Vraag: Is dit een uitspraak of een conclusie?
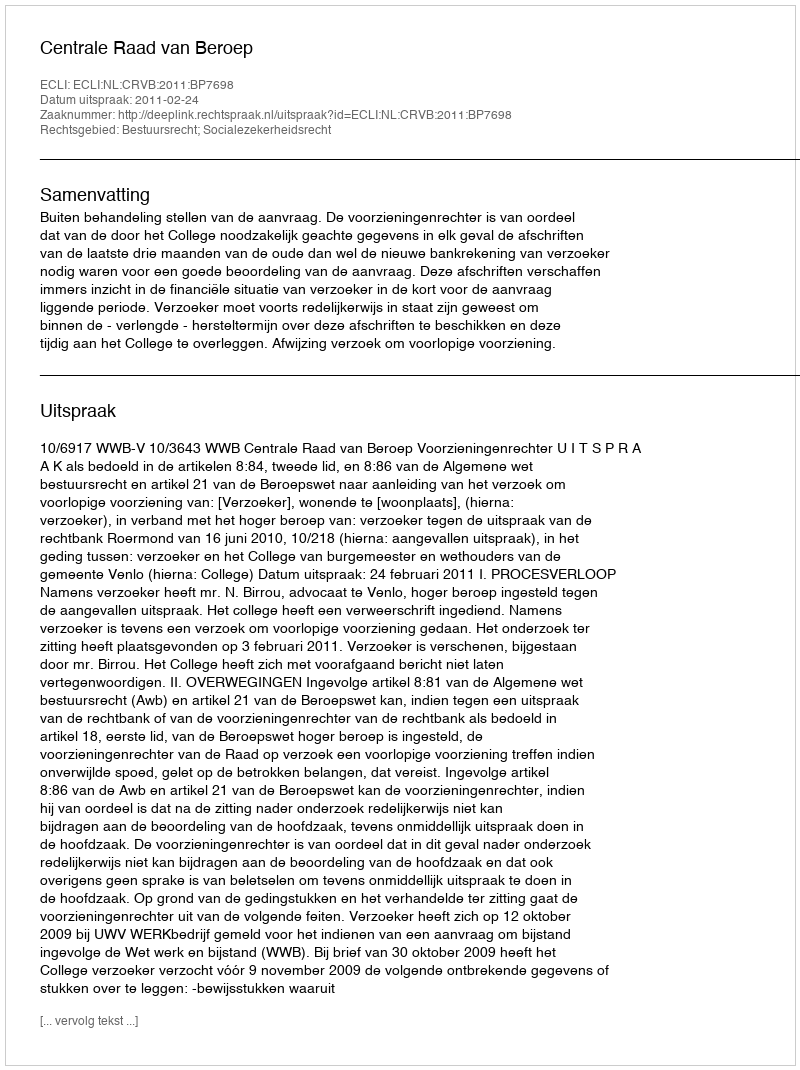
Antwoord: Uitspraak